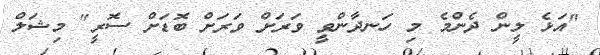
"އަޅެ ލީން ދެންމެ މި ހަނދާންވީ ވަރަށް ވަރަށް ބޮޑަށް ސޮރީ" މިޝަލް